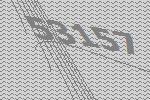
53157